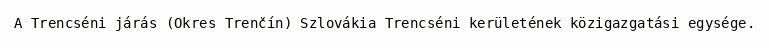
A Trencséni járás (Okres Trenčín) Szlovákia Trencséni kerületének közigazgatási egysége.